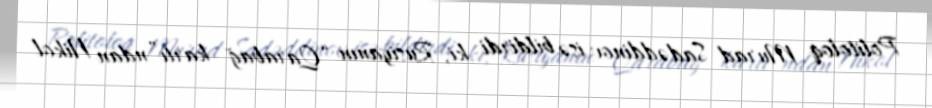
Politoloq Murad Sadəddinov isə bildirdi ki, Rusiyanın “Qarabağ kartı”ndan Nikol